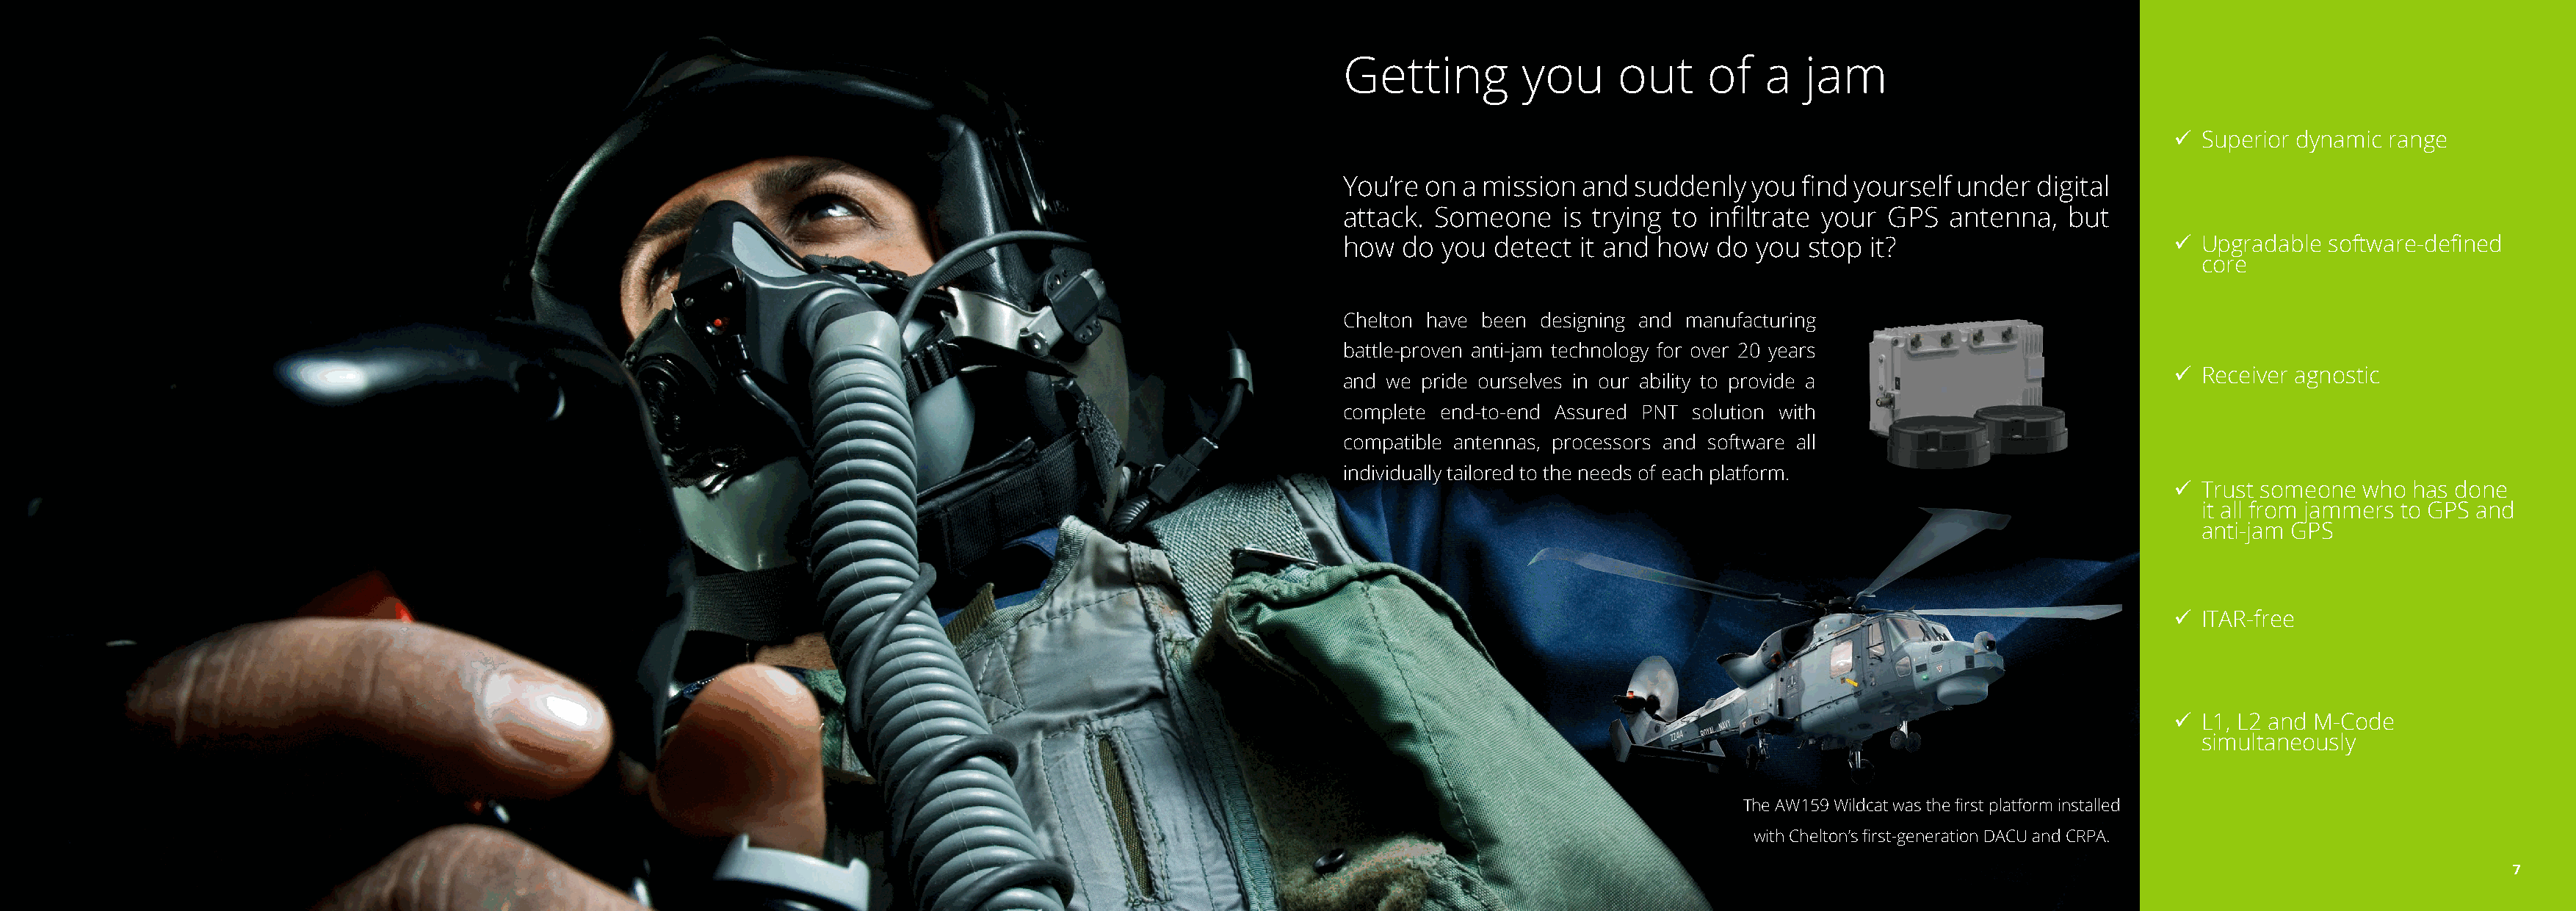
Getting         you      out     of   a   jam
 9 Superior dynamic range
 You’re on  a mission  and suddenly   you find yourself under   digital
 attack. Someone     is trying to infiltrate your GPS   antenna,  but
 how  do  you  detect it and how   do you  stop  it?                        9 Upgradable  software-defined
 core
 Chelton have been designing and manufacturing
 battle-proven anti-jam technology for over 20 years
 9 Receiver agnostic
 and we pride ourselves in our ability to provide a
 complete end-to-end Assured PNT solution with
 compatible antennas, processors and software all
 individually tailored to the needs of each platform.
 9 Trust someone  who has done
 it all from jammers to GPS and
 anti-jam GPS
 9 ITAR-free
 9 L1, L2 and M-Code
 simultaneously
 The AW159 Wildcat was the first platform installed
 with Chelton’s first-generation DACU and CRPA.
 6                                                                                                                    77